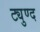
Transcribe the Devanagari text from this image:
ट्युण्द